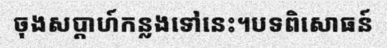
ចុងសប្តាហ៍កន្លងទៅនេះ។បទពិសោធន៍